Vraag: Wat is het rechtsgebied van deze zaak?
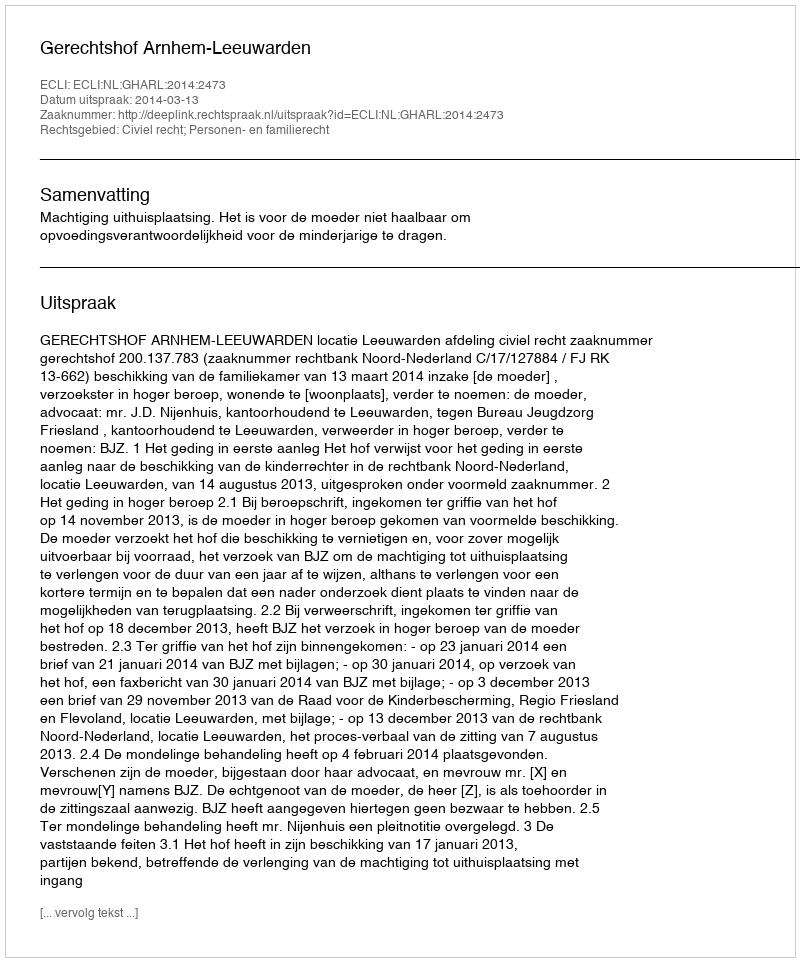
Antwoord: Civiel recht; Personen- en familierecht